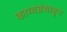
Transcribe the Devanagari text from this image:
काव्यग्रंथाहून